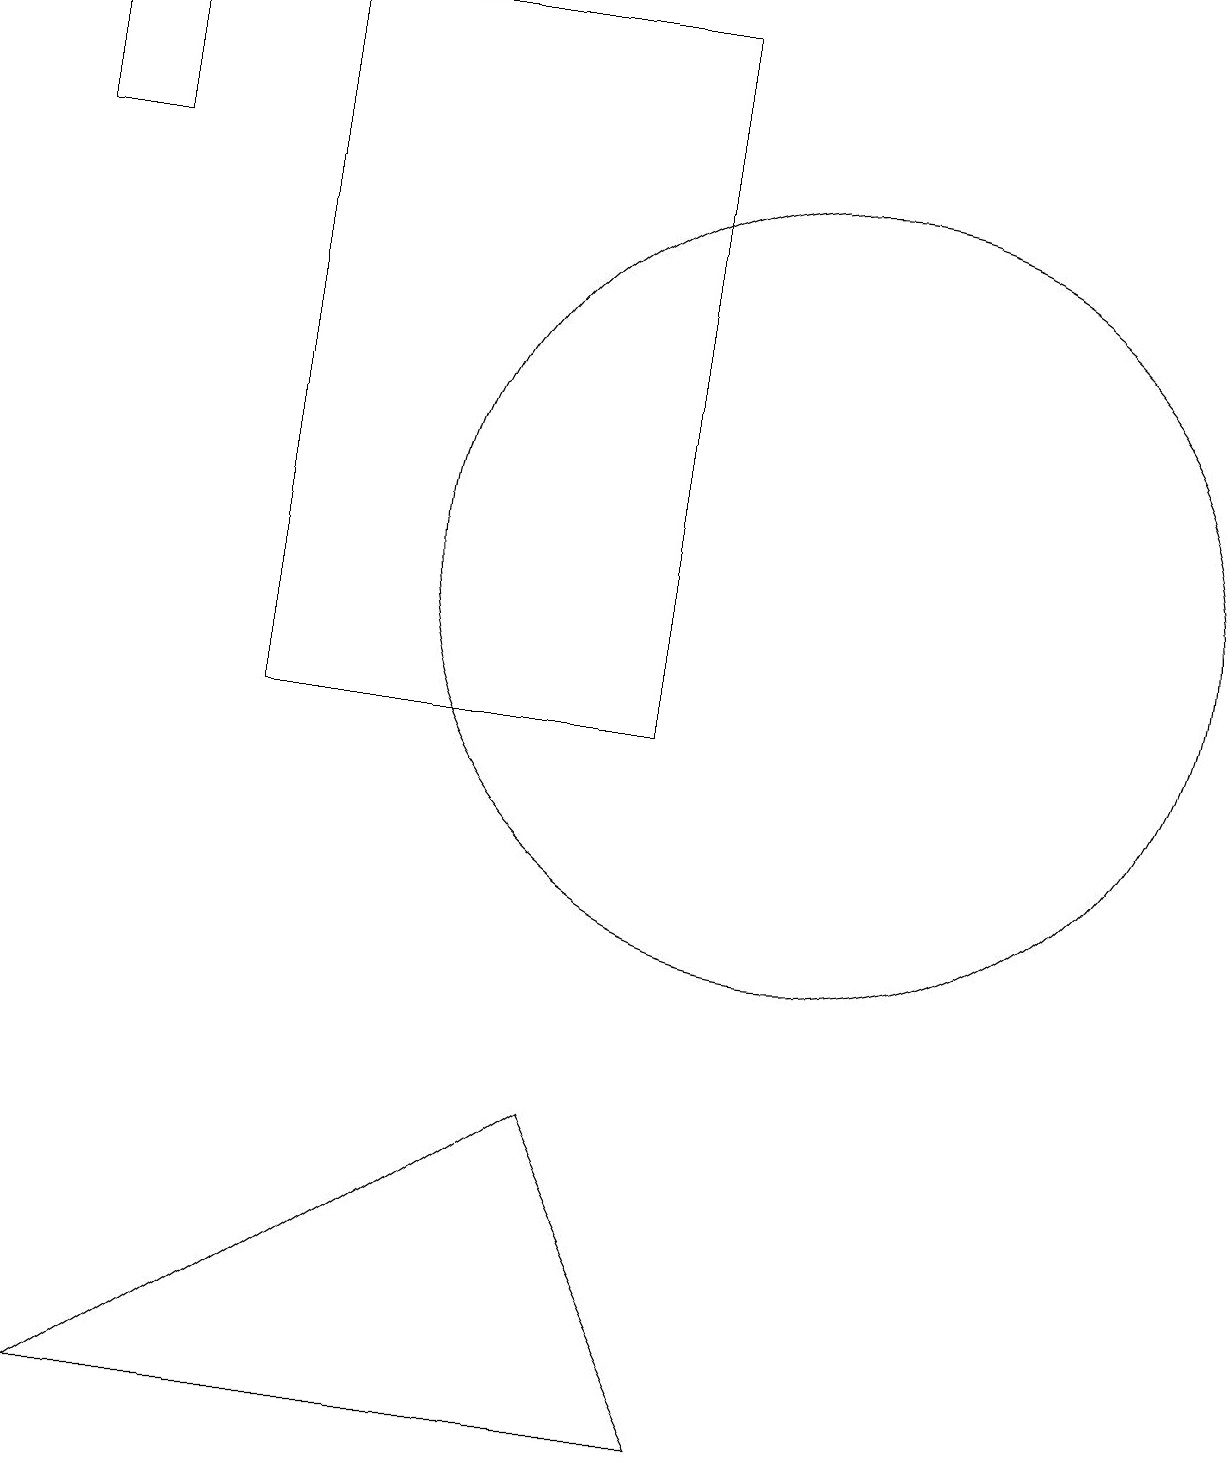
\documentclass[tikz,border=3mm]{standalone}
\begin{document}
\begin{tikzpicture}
\draw (1,1) -- (7,5) -- (9,1) -- cycle;
\draw (8,10) rectangle (3,19);
\draw (10,12) circle (5);
\draw (1,19) rectangle (0,17);
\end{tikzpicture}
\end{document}